Lunatic asylums Central Provinces reports 1895-1909 - 1895-1909
Year: 1895
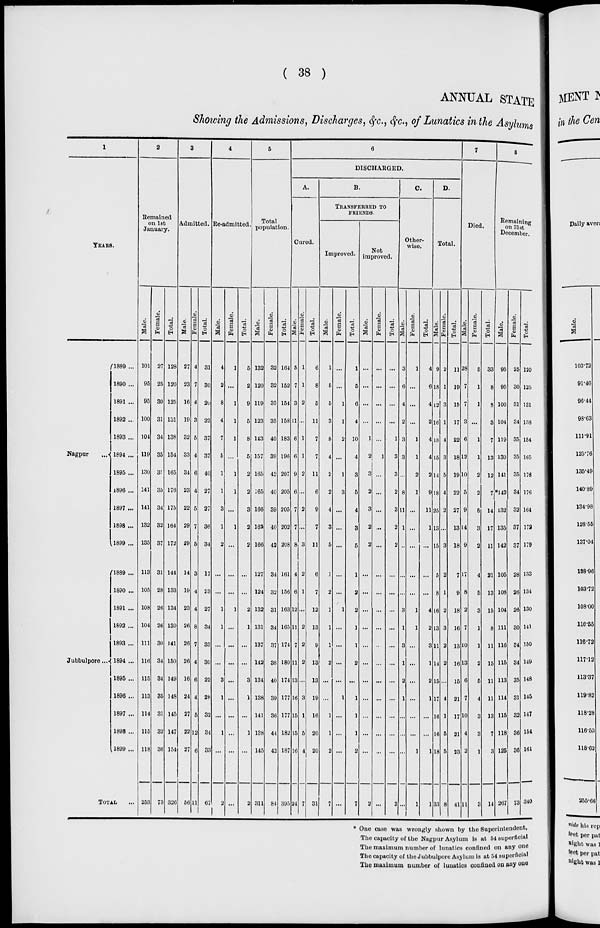
( 38 )
ANNUAL STATE
Showing the Admissions, Discharges, &c., &c., of Lunatics in the Asylums
1
YEARS.
Nagpur ...
Jubbulpore ...
1889 ...
1890 ...
1891 ...
1892 ...
1893 ...
1894 ...
1895 ...
1896 ...
1897 ...
1898 ...
1899 ...
1889 ...
1890 ...
1891 ...
1892 ...
1893 ...
1894 ...
1895 ...
1896 ...
1897 ...
1898 ...
1899 ...
TOTAL ...
2
Remained
on 1st
January.
Male.
101
95
95
100
104
119
130
141
141
132
135
113
105
108
104
111
116
115
113
114
115
118
253
Female.
27
25
30
31
34
35
35
35
34
32
37
31
28
26
26
30
34
34
35
31
32
36
73
Total.
128
120
125
131
138
154
165
176
175
164
172
144
133
134
130
141
150
149
148
145
147
154
326
3
Admitted.
Male.
27
23
16
19
32
33
34
23
22
29
29
14
19
23
26
26
26
16
24
27
22
27
56
Female.
4
7
4
3
5
4
6
4
5
7
5
3
4
4
8
7
4
6
4
5
12
6
11
Total.
31
30
20
22
37
37
40
27
27
36
34
17
23
27
34
33
30
22
28
32
34
33
67
4
Re-admitted.
Male.
4
2
8
4
7
5
1
1
3
1
2
...
...
1
1
...
...
3
1
...
1
...
2
Female.
1
...
1
1
1
...
1
1
...
1
...
...
...
1
...
...
...
...
...
...
...
...
...
Total.
5
2
9
5
8
5
2
2
3
2
2
...
...
2
1
...
...
3
1
...
1
...
2
5
Total
population.
Male.
132
120
119
123
143
157
165
165
166
162
166
127
124
132
131
137
142
134
138
141
138
145
311
Female.
32
32
35
35
40
39
42
40
39
40
42
34
32
31
34
37
38
40
39
36
44
42
84
Total.
164
152
154
158
183
196
207
205
205
202
208
161
156
163
165
174
180
174
177
177
182
187
395
6
DISCHARGED.
A.
Cured.
Male.
5
7
3
11
6
6
9
6
7
7
8
4
6
12
11
7
11
13
16
15
15
16
24
Female.
1
1
2
...
1
1
2
...
2
...
3
2
1
...
2
2
2
...
3
1
5
4
7
Total.
6
8
5
11
7
7
11
6
9
7
11
6
7
12
13
9
13
13
19
16
20
20
31
B.
TRANSFERRED TO
FRIENDS.
Improved.
Male.
1
5
5
3
8
4
2
2
4
3
5
1
2
1
1
1
2
...
...
1
1
2
7
Female.
...
...
1
1
2
...
1
3
...
...
...
...
...
1
...
...
...
...
1
...
...
...
...
Total.
1
5
6
4
10
4
3
5
4
3
5
1
2
2
1
1
2
...
1
1
1
2
7
Not
improved.
Male.
...
...
...
...
1
2
3
2
3
2
2
...
...
...
...
...
...
...
...
...
...
...
2
Female.
...
...
...
...
...
1
...
...
...
...
...
...
...
...
...
...
...
...
...
...
...
...
...
Total.
...
...
...
...
1
3
3
2
3
2
2
...
...
...
...
...
...
...
...
...
...
...
2
C.
Other-
wise.
Male.
3
6
4
2
3
3
...
8
11
1
...
...
...
3
1
3
1
2
1
...
...
...
...
Female.
1
...
...
...
1
1
2
1
...
...
...
...
...
1
1
...
...
...
...
...
...
1
1
Total.
4
6
4
2
4
4
2
9
11
1
...
...
...
4
2
3
1
2
1
...
...
1
1
D.
Total.
Male.
9
18
12
16
18
15
14
18
25
13
15
5
8
16
13
11
14
15
17
16
16
18
33
Female.
2
1
3
1
4
3
5
4
2
...
3
2
1
2
3
2
2
...
4
1
5
5
8
Total.
11
19
15
17
22
18
19
22
27
13
18
7
9
18
16
13
16
15
21
17
21
23
41
7
Died.
Male.
28
7
7
3
6
12
10
5
9
14
9
17
8
2
7
10
13
6
7
10
4
2
11
Female.
5
1
1
...
1
1
2
2
5
3
2
4
5
3
1
1
2
5
4
3
3
1
3
Total.
33
8
8
3
7
13
12
7
14
17
11
21
13
15
8
11
15
11
11
13
7
3
14
8
Remaining
on 31st
December.
Male.
95
95
100
104
119
130
141
*142
132
135
142
105
108
104
111
116
115
113
114
115
118
126
267
Female.
25
30
31
34
35
35
35
34
32
37
37
28
26
26
30
34
34
35
31
32
36
36
73
Total.
120
125
131
138
154
165
176
176
164
172
179
133
134
130
141
150
149
148
145
147
154
161
340
* One case was wrongly shown by the Superintendent,
The capacity of the Nagpur Asylum is at 54 superficial
The maximum number of lunatics confined on any one
The capacity of the Jubbulpore Asylum is at 54 superficial
The maximum number of lunatics confined on any one